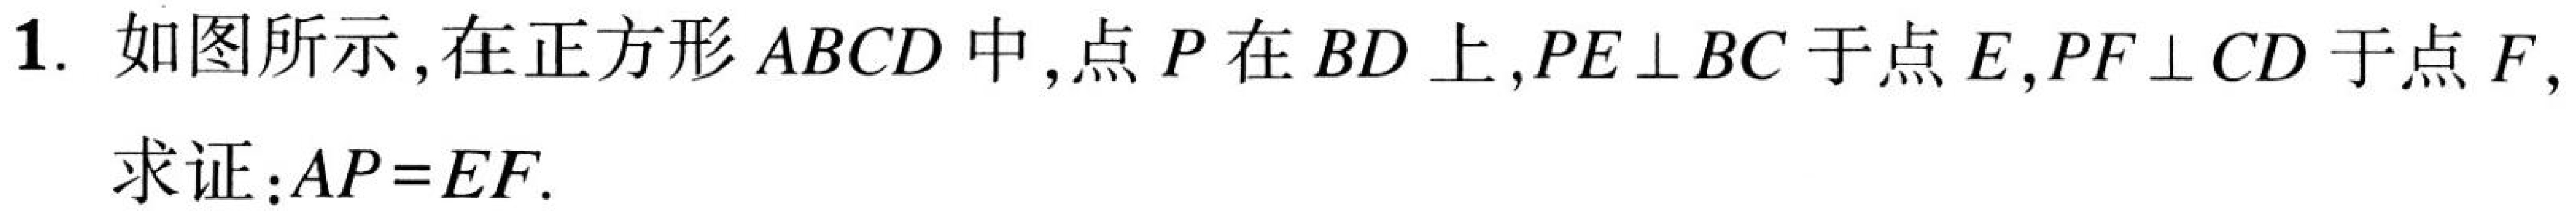
1. 如图所示, 在正方形 \(ABCD\) 中, 点 \(P\) 在 \(BD\) 上, \(PE\perp BC\) 于点 \(E\), \(PF\perp CD\) 于点 \(F\), 求证：\(AP = EF\).